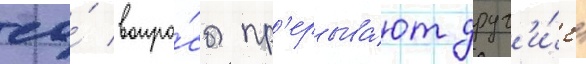
ео́ вопро́сы пр'ерыва́ют друг'и́е